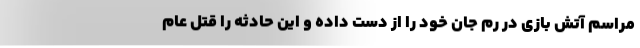
مراسم آتش بازی در رم جان خود را از دست داده و این حادثه را قتل عام